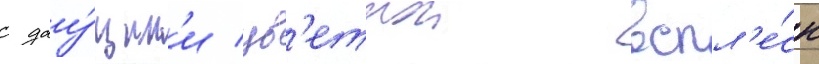
с дау́щим'и цв'етнои вспл'е́ск